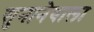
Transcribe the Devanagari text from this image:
सुनानेवाला